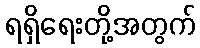
ရရှိရေးတို့အတွက်